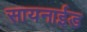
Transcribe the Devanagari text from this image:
सायनाईड